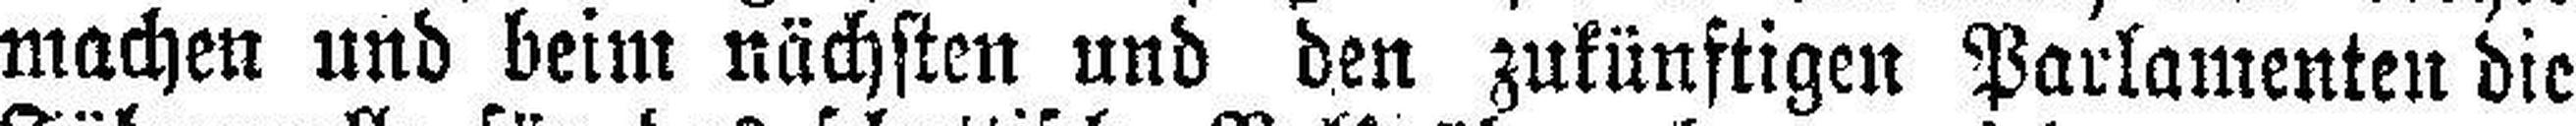
machen und beim nächsten und den zukünftigen Parlamenten die